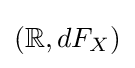
(\mathbb {R} ,dF_{X})